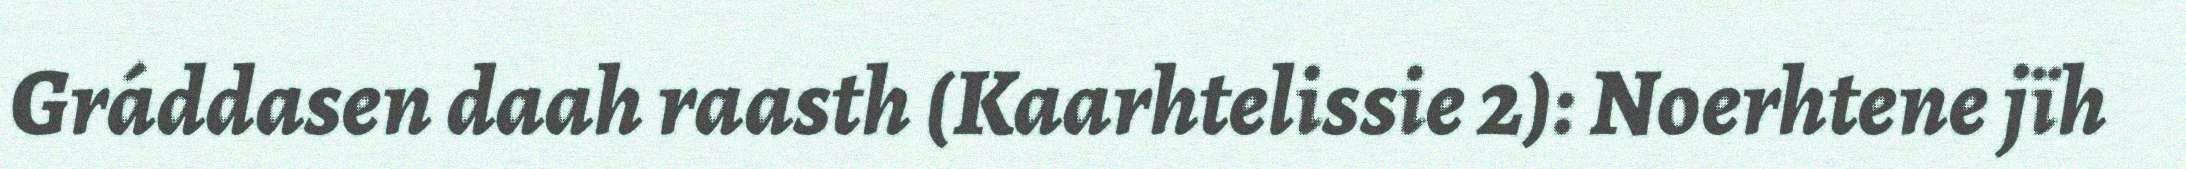
Gráddasen daah raasth (Kaarhtelissie 2): Noerhtene jïh